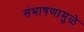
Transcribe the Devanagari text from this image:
संभाषणामुळे